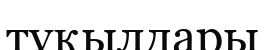
тұқылдары